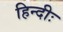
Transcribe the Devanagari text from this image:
हिन्दीः